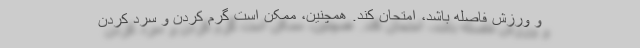
و ورزش فاصله باشد، امتحان کند. همچنین، ممکن است گرم کردن و سرد کردن